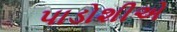
પાડોશીએ